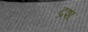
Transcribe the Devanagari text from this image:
द्रश